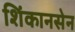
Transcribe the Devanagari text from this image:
शिंकानसेन